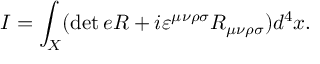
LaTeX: I = \int _ { X } ( \operatorname * { d e t } e R + i \varepsilon ^ { \mu \nu \rho \sigma } R _ { \mu \nu \rho \sigma } ) d ^ { 4 } x .